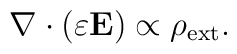
{\bf \nabla} \cdot (\varepsilon {\bf E}) \propto \rho_{\rm ext}.